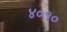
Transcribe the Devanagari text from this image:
४०१०